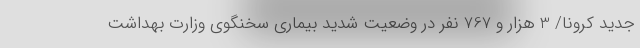
جدید کرونا/ 3 هزار و 767 نفر در وضعیت شدید بیماری سخنگوی وزارت بهداشت